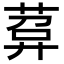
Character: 𦴰